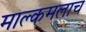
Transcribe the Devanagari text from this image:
माल्कमलाच